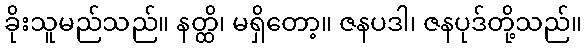
ခိုးသူမည်သည်။ နတ္ထိ၊ မရှိတော့။ ဇနပဒါ၊ ဇနပုဒ်တို့သည်။